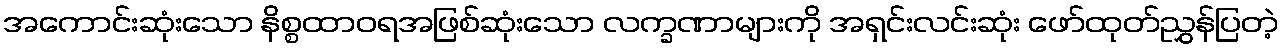
အကောင်းဆုံးသော နိစ္စထာဝရအဖြစ်ဆုံးသော လက္ခဏာများကို အရှင်းလင်းဆုံး ဖော်ထုတ်ညွှန်ပြတဲ့